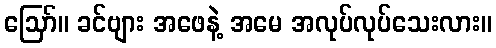
ဪ။ ခင်ဗျား အဖေနဲ့ အမေ အလုပ်လုပ်သေးလား။